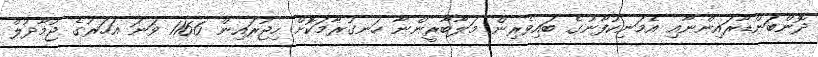
ދޮންބަންޑާރައިންނާއި އެމަނިކުފާނުގެ ބައިވެރިން މަލާބާރީންނާ ހަނގުރާމަކޮށް ހިޖުރައިން 1166 ވަނަ އަހަރުގެ ޖުމާދުލް